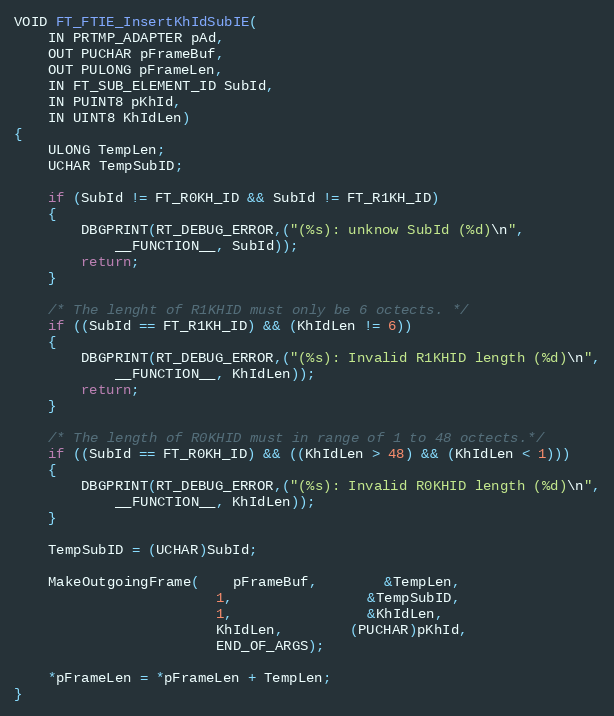
Language: C
VOID FT_FTIE_InsertKhIdSubIE(
	IN PRTMP_ADAPTER pAd,
	OUT PUCHAR pFrameBuf,
	OUT PULONG pFrameLen,
	IN FT_SUB_ELEMENT_ID SubId,
	IN PUINT8 pKhId,
	IN UINT8 KhIdLen)
{
	ULONG TempLen;
	UCHAR TempSubID;

	if (SubId != FT_R0KH_ID && SubId != FT_R1KH_ID)
	{
		DBGPRINT(RT_DEBUG_ERROR,("(%s): unknow SubId (%d)\n",
			__FUNCTION__, SubId));
		return;
	}

	/* The lenght of R1KHID must only be 6 octects. */
	if ((SubId == FT_R1KH_ID) && (KhIdLen != 6))
	{
		DBGPRINT(RT_DEBUG_ERROR,("(%s): Invalid R1KHID length (%d)\n",
			__FUNCTION__, KhIdLen));
		return;
	}

	/* The length of R0KHID must in range of 1 to 48 octects.*/
	if ((SubId == FT_R0KH_ID) && ((KhIdLen > 48) && (KhIdLen < 1)))
	{
		DBGPRINT(RT_DEBUG_ERROR,("(%s): Invalid R0KHID length (%d)\n",
			__FUNCTION__, KhIdLen));
	}

	TempSubID = (UCHAR)SubId;

	MakeOutgoingFrame(	pFrameBuf,		&TempLen,
						1,				&TempSubID,
						1,				&KhIdLen,
						KhIdLen,		(PUCHAR)pKhId,
						END_OF_ARGS);

	*pFrameLen = *pFrameLen + TempLen;
}